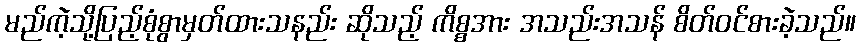
မည်ကဲ့သို့ပြည့်စုံစွာမှတ်ထားသနည်း ဆိုသည့် ကိစ္စအား အသည်းအသန် စိတ်ဝင်စားခဲ့သည်။